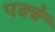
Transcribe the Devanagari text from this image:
पक्‍क्‍े